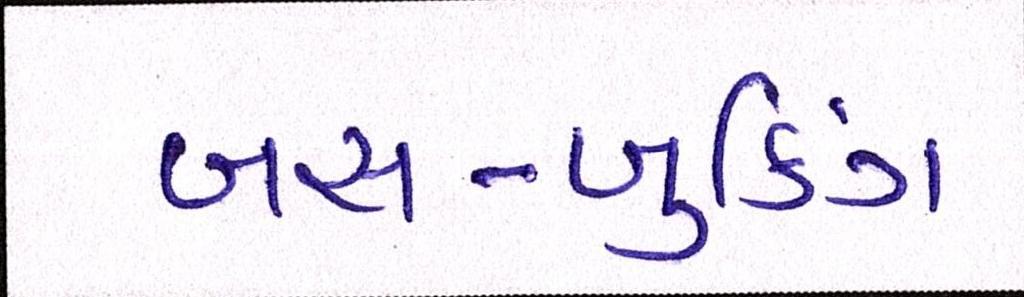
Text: બસ-બુકિંગ